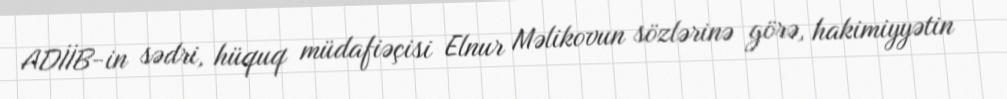
ADİİB-in sədri, hüquq müdafiəçisi Elnur Məlikovun sözlərinə görə, hakimiyyətin